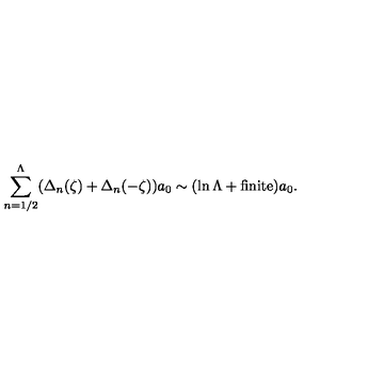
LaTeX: \sum _ { n = 1 / 2 } ^ { \Lambda } ( \Delta _ { n } ( \zeta ) + \Delta _ { n } ( - \zeta ) ) a _ { 0 } \sim ( \ln \Lambda + \mathrm { { f i n i t e } } ) a _ { 0 } .